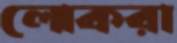
লোকরা